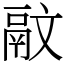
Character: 䰚